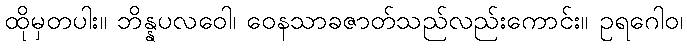
ထိုမှတပါး။ ဘိန္နပလဝေါ၊ ဝေနသာခဇာတ်သည်လည်းကောင်း။ ဥရဂေါဝ၊